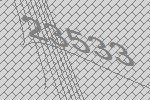
23533